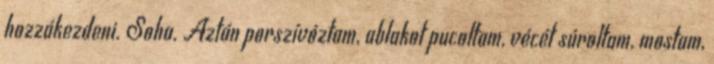
hozzákezdeni. Soha. Aztán porszívóztam, ablakot pucoltam, vécét súroltam, mostam,